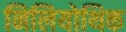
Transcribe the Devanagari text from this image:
निलियोथिक